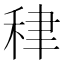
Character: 𥞰